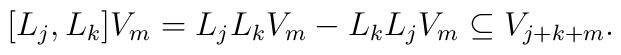
[L_j,L_k]V_m=L_jL_kV_m-L_kL_jV_m \subseteq V_{j+k+m}.